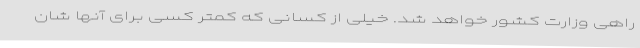
راهی وزارت کشور خواهد شد. خیلی از کسانی که کمتر کسی برای آنها شان